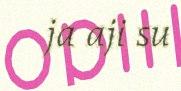
ja aji su